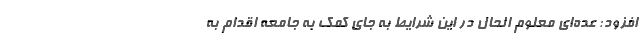
افزود: عده‌ای معلوم الحال در این شرایط به جای کمک به جامعه اقدام به